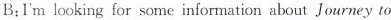
B:I'm looking for some information about Journey to